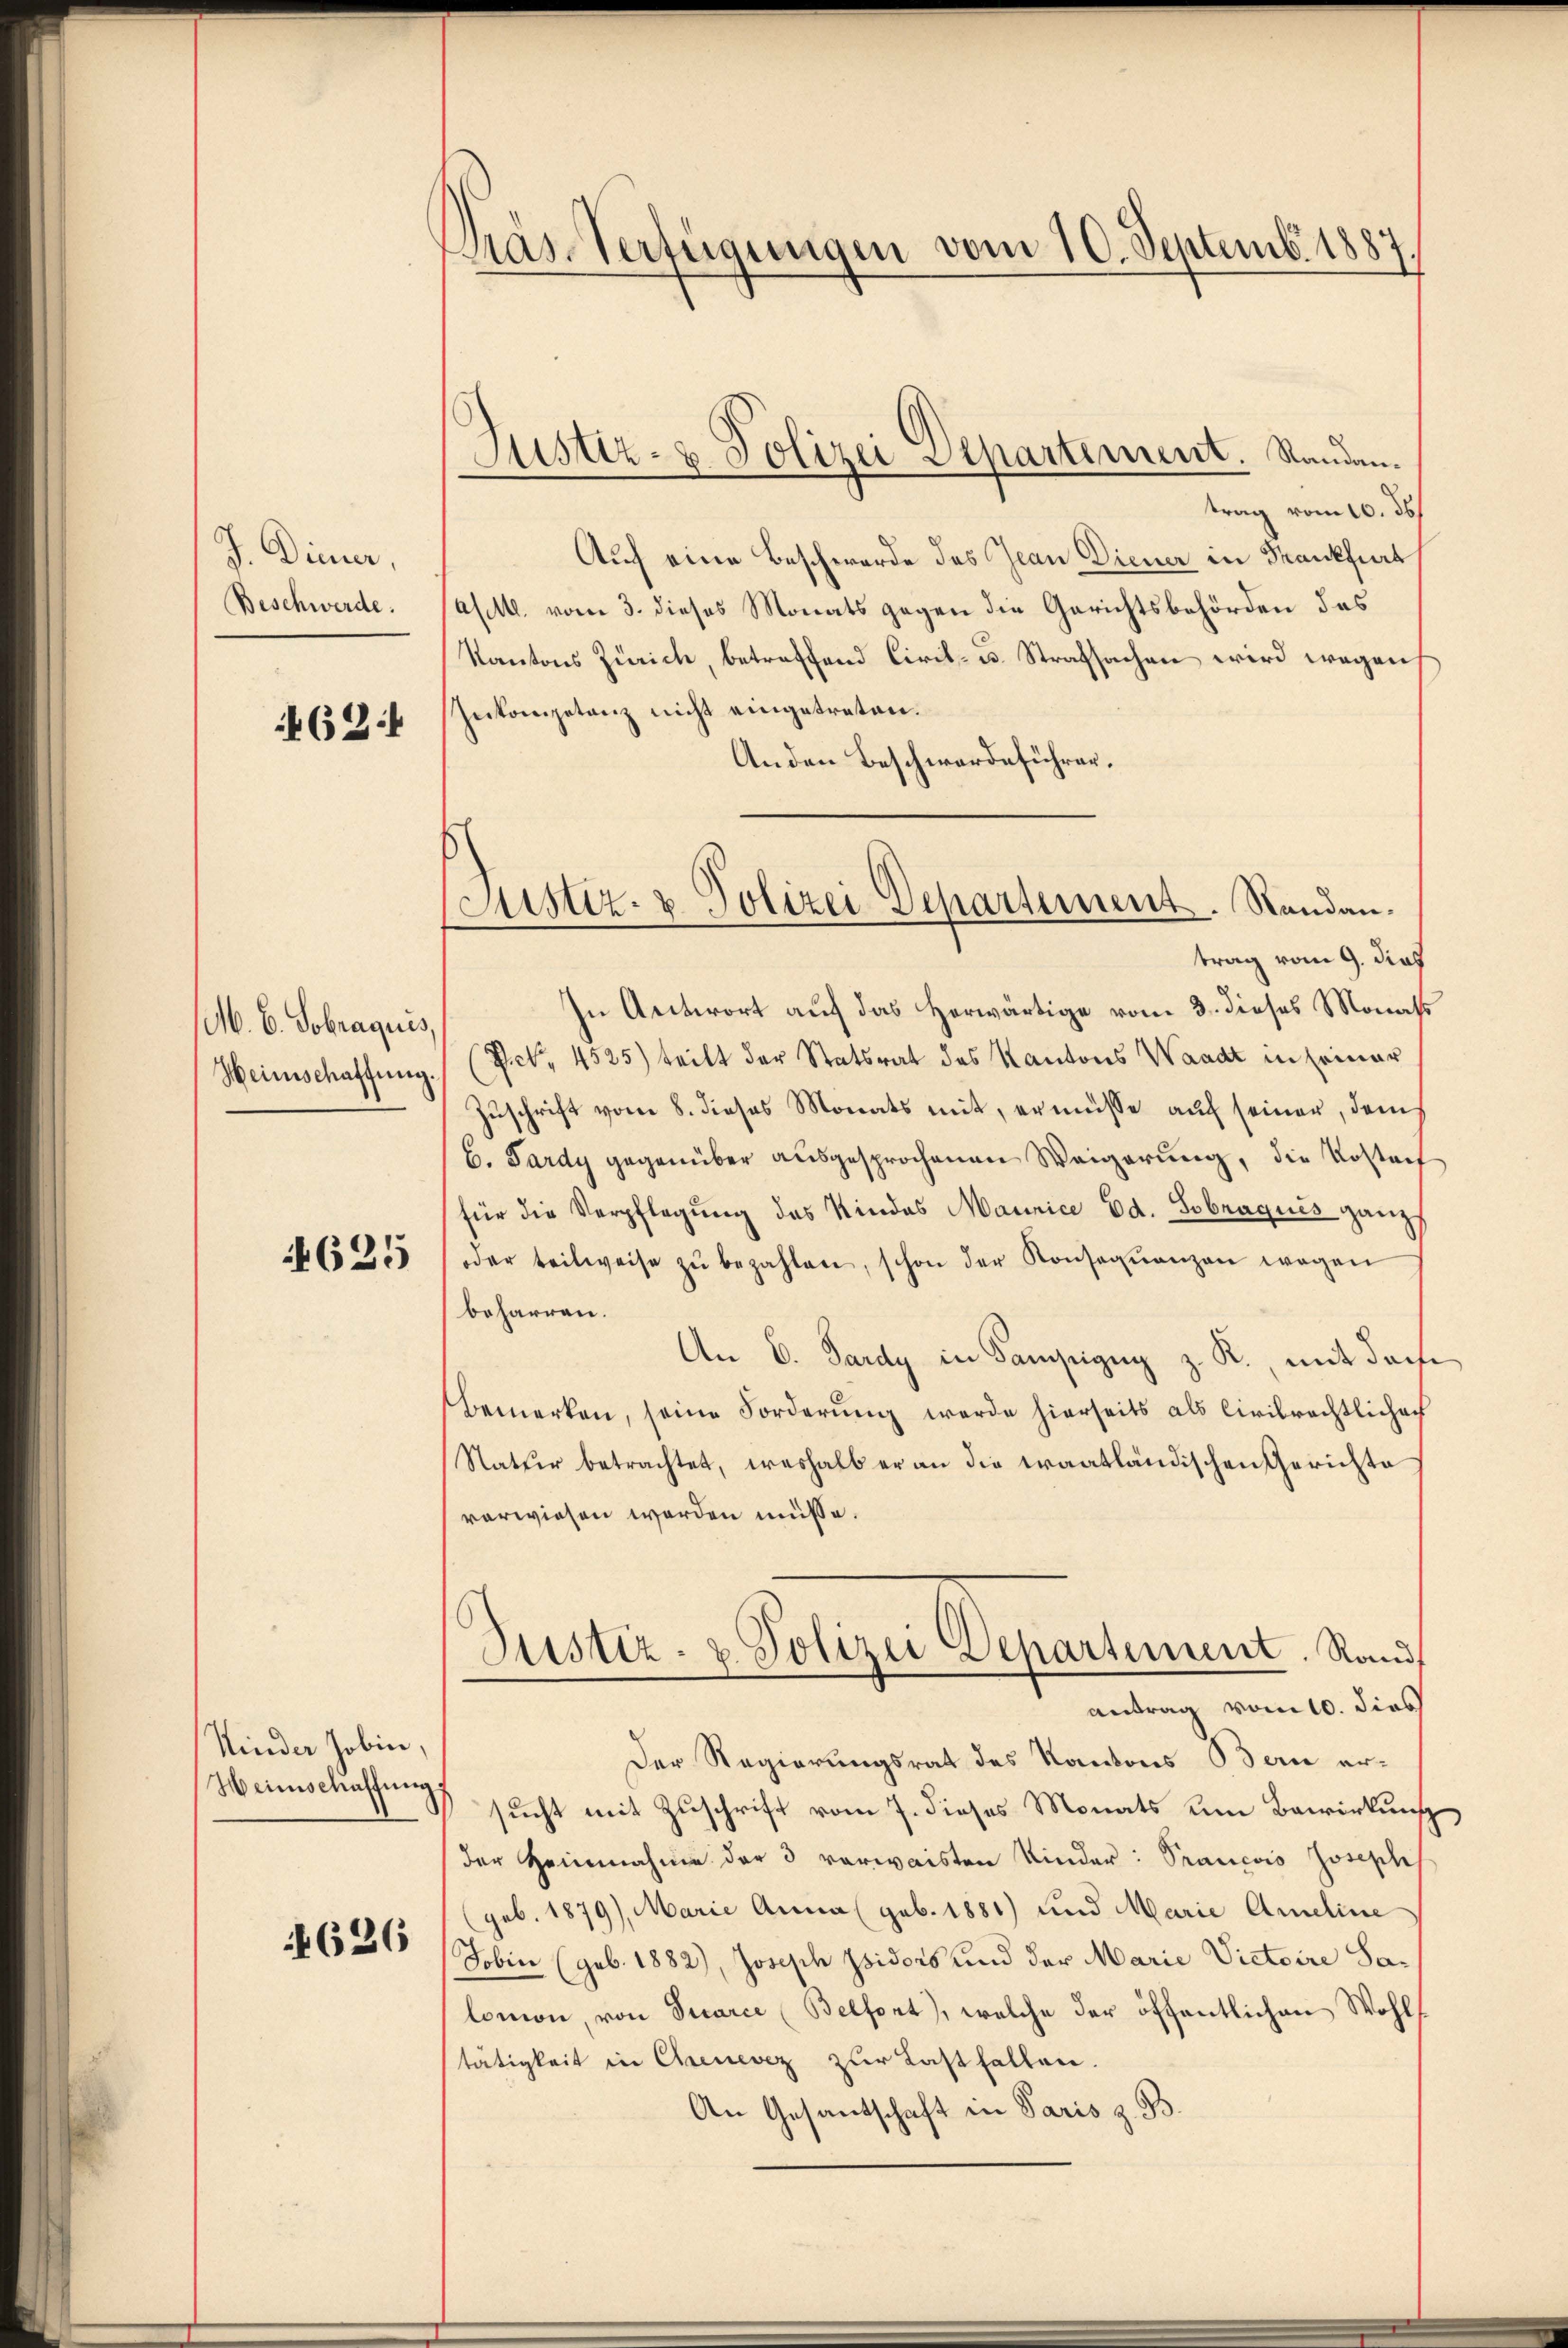
J. Diener,
Beschwerde.

462

M. B. Sobraquis,
Heinschaffŭng.

625

Kinder Jobin,
Heimschaffung

4626

Kas Verfügungen vom 10. Septemb. 1887.

trag vom 10. 36.
Auf eine Beschwerde des Jean Diener in Krankfurt
asett. vom 3. dieses Monats gegen die Gerichtsbehörden des
Kantons Zürich, betreffend Civil- u. Strafsachen wird wegen
Inkompetanz nicht eingetreten.
Anden Beschwerdeführer.
trag vom 9. dies
In Antwort auf das Herwärtige vom 3. dieses Monats
(P. 4525) teilt der Statsrat des Kantons Waadt in seiner
Zuschrift vom 8. dieses Monats mit, er müsse auf seiner, dem
b. Pardy gegenüber ausgesprochenen Weigerung, die Kostet
für die Verpflegung des Kindes Mannice Ed. Sobraques ganz
oder teilweise zŭ bezahlen, schon der Konseqŭenzen wegen
beharren.
An 6. Pardy in Samszug z. R., mit doch
bemerken, seine Forderung werde hierseits als Civilrechtlicherh
Natur betrachtet, weshalb er an die traatländischen Gerichte
vorwiesen werden müsse.
Justiz- & Polizei Departement. Rand
antrag vom 10. dies
Der Regierungsrat des Kantons Bern er-
sucht mit Zuschrift vom 7. dieses Monats um Bewirkung
der Heinnahme der 3 verwaisten Kinder: Prancois Joseph
geb. 1879), Marie Anna (geb. 1881) und Marie Ammeline
Jobin (geb. 1882), Joseph Isidors und der Marie Victoire Salomon, von Sucarce (Belfort), welche der öffentlichen Wohltätigkeit in Chenevez zur Last fallen.
An Gesantschaft in Paris z. B.

Justiz- & Polizei Repartement. Standen.

Justiz- & Polizei Departement. Sandan¬